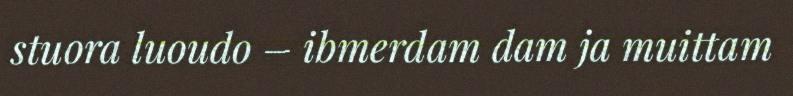
stuora luoudo – ibmerdam dam ja muittam